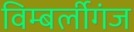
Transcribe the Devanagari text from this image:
विम्बर्लीगंज